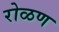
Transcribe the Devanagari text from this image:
रोळण